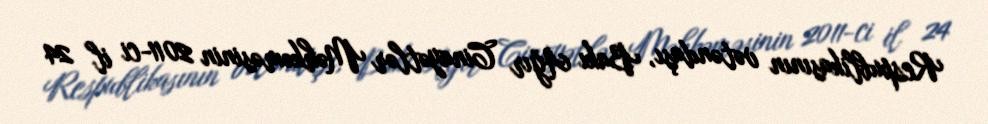
Respublikasının vətəndaşı, Bakı Ağır Cinayətlər Məhkəməsinin 2011-ci il 24